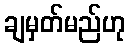
ချမှတ်မည်ဟု